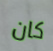
كان